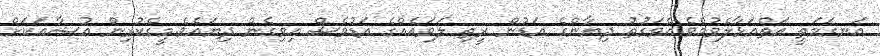
އަނގަމަތީ އަތްއަޅާލެވުމެވެ.އެވަގުތު ދިޔާންގެ އަޑުން ރީތި ލަވައެއްގެ އަޑުވެސް އިވިގެން ދިޔައެވެ.މީގެކުރިން އުޝާއަކަށް